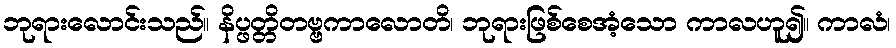
ဘုရားလောင်းသည်။ နိပ္ဖတ္တိတဗ္ဗကာလောတိ၊ ဘုရားဖြစ်စေအံ့သော ကာလဟူ၍။ ကာလံ၊